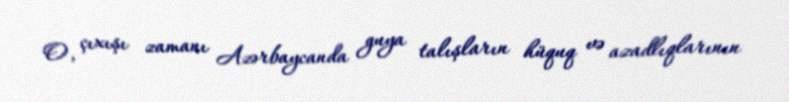
O, çıxışı zamanı Azərbaycanda guya talışların hüquq və azadlıqlarının